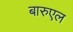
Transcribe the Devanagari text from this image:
बारुएल